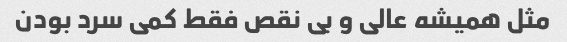
مثل همیشه عالی و بی نقص فقط کمی سرد بودن